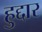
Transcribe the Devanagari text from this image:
हुद्दार